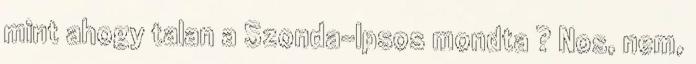
mint ahogy talan a Szonda-Ipsos mondta ? Nos, nem,